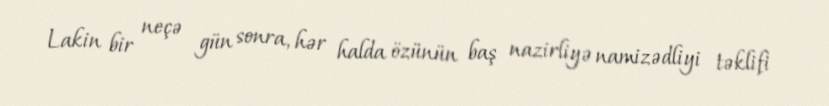
Lakin bir neçə gün sonra, hər halda özünün baş nazirliyə namizədliyi təklifi